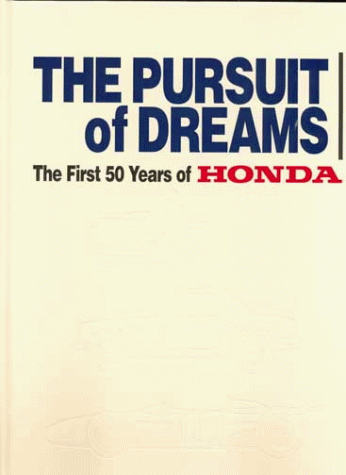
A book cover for The Pursuit of Dreams: The First 50 Years of Honda; Various Artists; Engineering & Transportation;